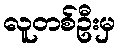
လူတစ်ဦးမှ